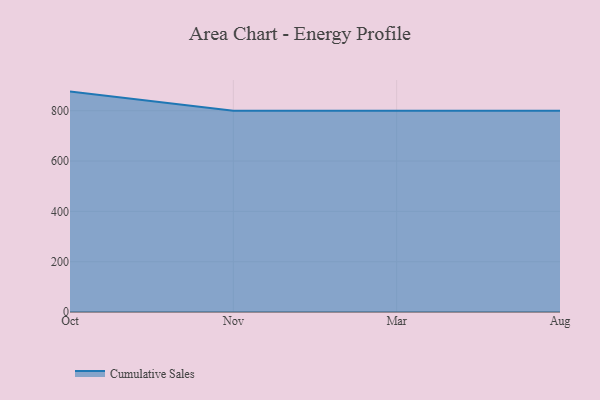
{"axis": {"x": "Month", "y": "LTV (USD)"}, "legend": ["Cumulative Sales"], "data": [{"x": "Oct", "y": 876.0, "type": "Cumulative Sales"}, {"x": "Nov", "y": 800, "type": "Cumulative Sales"}, {"x": "Mar", "y": 800, "type": "Cumulative Sales"}, {"x": "Aug", "y": 800, "type": "Cumulative Sales"}]}